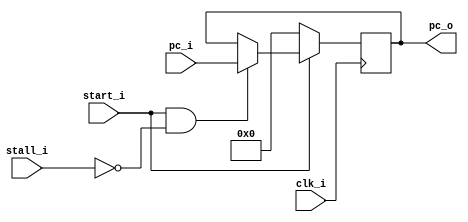
module PC
(
    input               clk_i,
    //input               rst_i,
    input               start_i,
    input       [31:0]  pc_i,
    input               stall_i,
    output reg  [31:0]  pc_o
);

//always@(posedge clk_i or negedge rst_i) begin
   // if(~rst_i) begin
    //    pc_o <= 32'b0;
reg [31:0] pc;

initial begin
	pc_o = 0;
end

always@(posedge clk_i) begin
    if(start_i  && (stall_i==1'b0)) pc_o = pc_i;
    if(!start_i) pc_o = 0;                        
end
/*always@(posedge clk_i) begin
    if(start_i) begin
        if(stall_i)
            pc_o = pc_o;
        else
            pc_o = pc_i;
    end else
        pc_o = 0;
end*/
endmodule